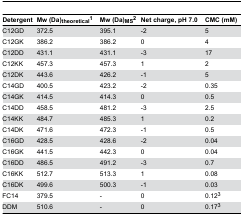
<table><thead><tr><td><b>Detergent</b></td><td><b>Mw (Da)<sub>theoretical</sub><sup>1</sup></b></td><td><b>Mw (Da)<sub>MS</sub><sup>2</sup></b></td><td><b>Net charge, pH 7.0</b></td><td><b>CMC (mM)</b></td></tr></thead><tbody><tr><td>C12GD</td><td>372.5</td><td>395.1</td><td>-2</td><td>5</td></tr><tr><td>C12GK</td><td>386.2</td><td>386.2</td><td>0</td><td>4</td></tr><tr><td>C12DD</td><td>431.1</td><td>431.1</td><td>-3</td><td>17</td></tr><tr><td>C12KK</td><td>457.3</td><td>457.3</td><td>1</td><td>2</td></tr><tr><td>C12DK</td><td>443.6</td><td>426.2</td><td>-1</td><td>5</td></tr><tr><td>C14GD</td><td>400.5</td><td>423.2</td><td>-2</td><td>0.35</td></tr><tr><td>C14GK</td><td>414.5</td><td>414.3</td><td>0</td><td>0.5</td></tr><tr><td>C14DD</td><td>458.5</td><td>481.2</td><td>-3</td><td>2.5</td></tr><tr><td>C14KK</td><td>484.7</td><td>485.3</td><td>1</td><td>0.2</td></tr><tr><td>C14DK</td><td>471.6</td><td>472.3</td><td>-1</td><td>0.5</td></tr><tr><td>C16GD</td><td>428.5</td><td>428.6</td><td>-2</td><td>0.04</td></tr><tr><td>C16GK</td><td>441.5</td><td>442.3</td><td>0</td><td>0.04</td></tr><tr><td>C16DD</td><td>486.5</td><td>491.2</td><td>-3</td><td>0.7</td></tr><tr><td>C16KK</td><td>512.7</td><td>513.3</td><td>1</td><td>0.08</td></tr><tr><td>C16DK</td><td>499.6</td><td>500.3</td><td>-1</td><td>0.03</td></tr><tr><td>FC14</td><td>379.5</td><td>-</td><td>0</td><td>0.12<sup>3</sup></td></tr><tr><td>DDM</td><td>510.6</td><td>-</td><td>0</td><td>0.17<sup>3</sup></td></tr></tbody></table>